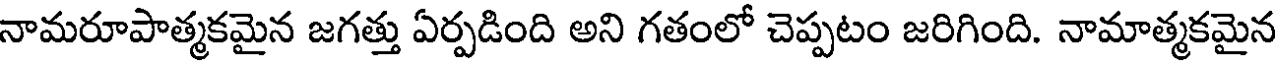
నామరూపాత్మకమైన జగత్తు ఏర్పడింది అని గతంలో చెప్పటం జరిగింది. నామాత్మకమైన